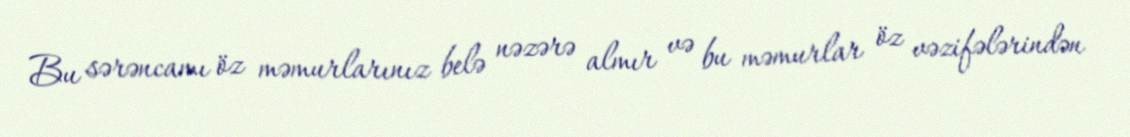
Bu sərəncamı öz məmurlarınız belə nəzərə almır və bu məmurlar öz vəzifələrindən